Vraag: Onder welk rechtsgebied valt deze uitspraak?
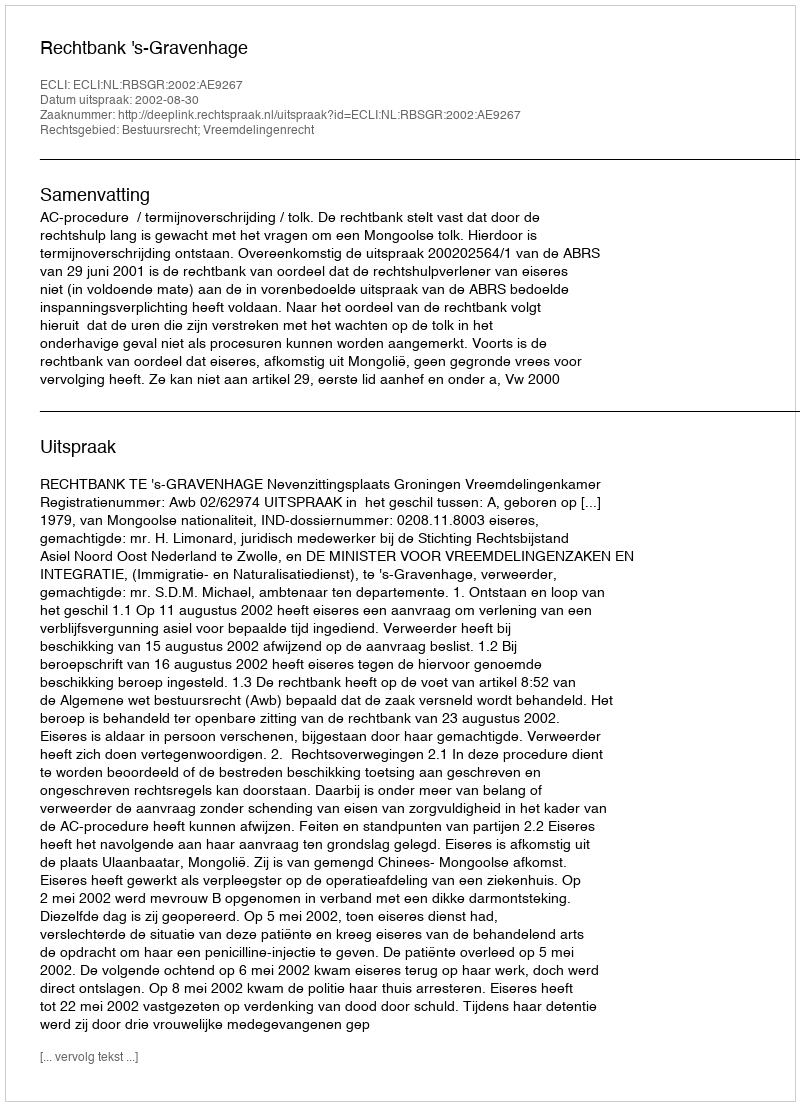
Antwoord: Bestuursrecht; Vreemdelingenrecht